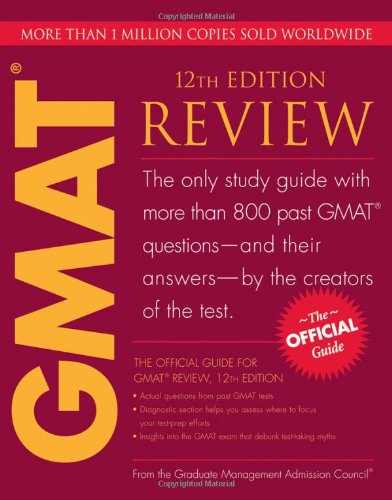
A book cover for The Official Guide for GMAT Review, 12th Edition; GMAC (Graduate Management Admission Council); Test Preparation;